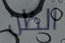
الظن